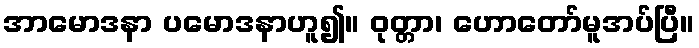
အာမောဒနာ ပမောဒနာဟူ၍။ ဝုတ္တာ၊ ဟောတော်မူအပ်ပြီ။